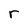
Character: r